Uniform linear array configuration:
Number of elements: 24
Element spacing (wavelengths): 0.5
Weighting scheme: exponential
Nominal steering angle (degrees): -45
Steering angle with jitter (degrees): -46.903
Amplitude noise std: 0.05
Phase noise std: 0.05

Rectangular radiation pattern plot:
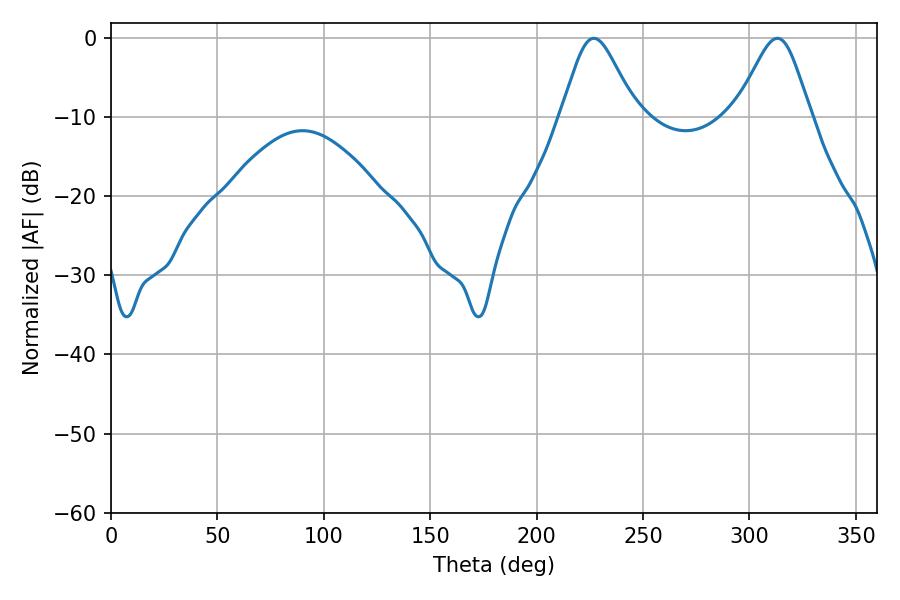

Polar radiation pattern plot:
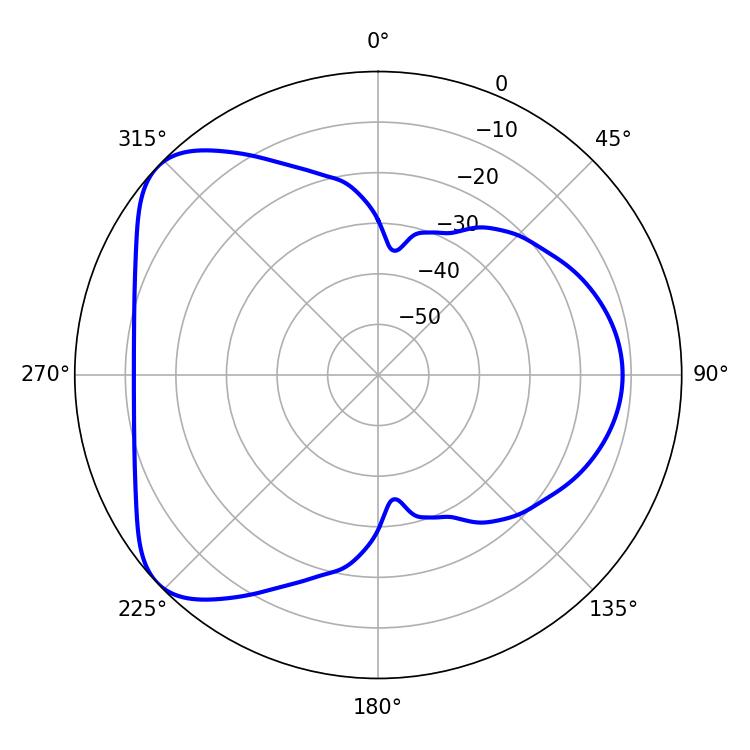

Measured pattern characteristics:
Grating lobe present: FALSE
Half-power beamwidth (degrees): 17.1
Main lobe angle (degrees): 226.8